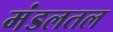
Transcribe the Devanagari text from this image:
मंडलतल